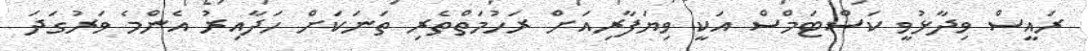
ރައީސް ވިދާޅުވީ ކަސްޓަމްސް އަކީ ވިޔަފާރިއަށް ރަހުމަތްތެރި ތަނަކަށް ހަދާއިރު އެންމެ ވަރުގަދަ